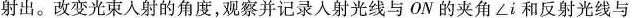
射出。改变光束入射的角度，观察并记录人射光线与ON的夹角∠i和反射光线与